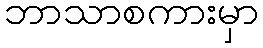
ဘာသာစကားမှာ